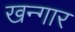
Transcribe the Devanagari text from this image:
खन्गार